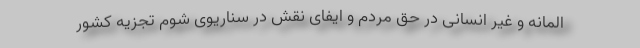
المانه و غیر انسانی در حق مردم و ایفای نقش در سناریوی شوم تجزیه کشور